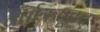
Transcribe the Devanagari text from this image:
वर्षाऋतूतच